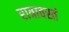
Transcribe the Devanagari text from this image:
रात्रावस्तं